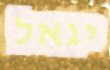
יגאל